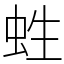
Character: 﨡